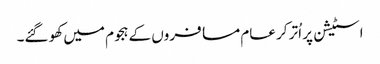
اسٹیشن پر اُتر کر عام مسافروں کے ہجوم میں کھو گئے۔